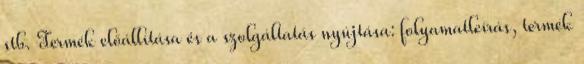
stb. Termék előállítása és a szolgáltatás nyújtása: folyamatleírás, termék